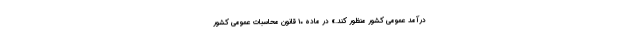
درآمد عمومی کشور منظور کند.» در ماده ۱۰ قانون محاسبات عمومی کشور